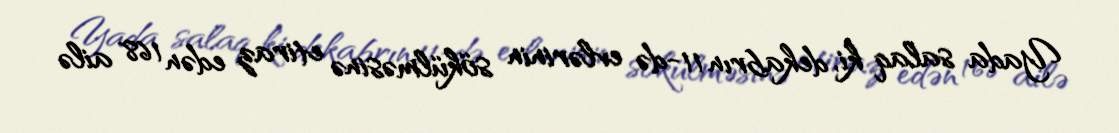
Yada salaq ki, dekabrın 11-də evlərinin sökülməsinə etiraz edən 168 ailə